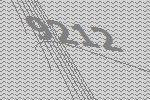
9212